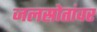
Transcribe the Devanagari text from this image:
जलस्रोतांवर